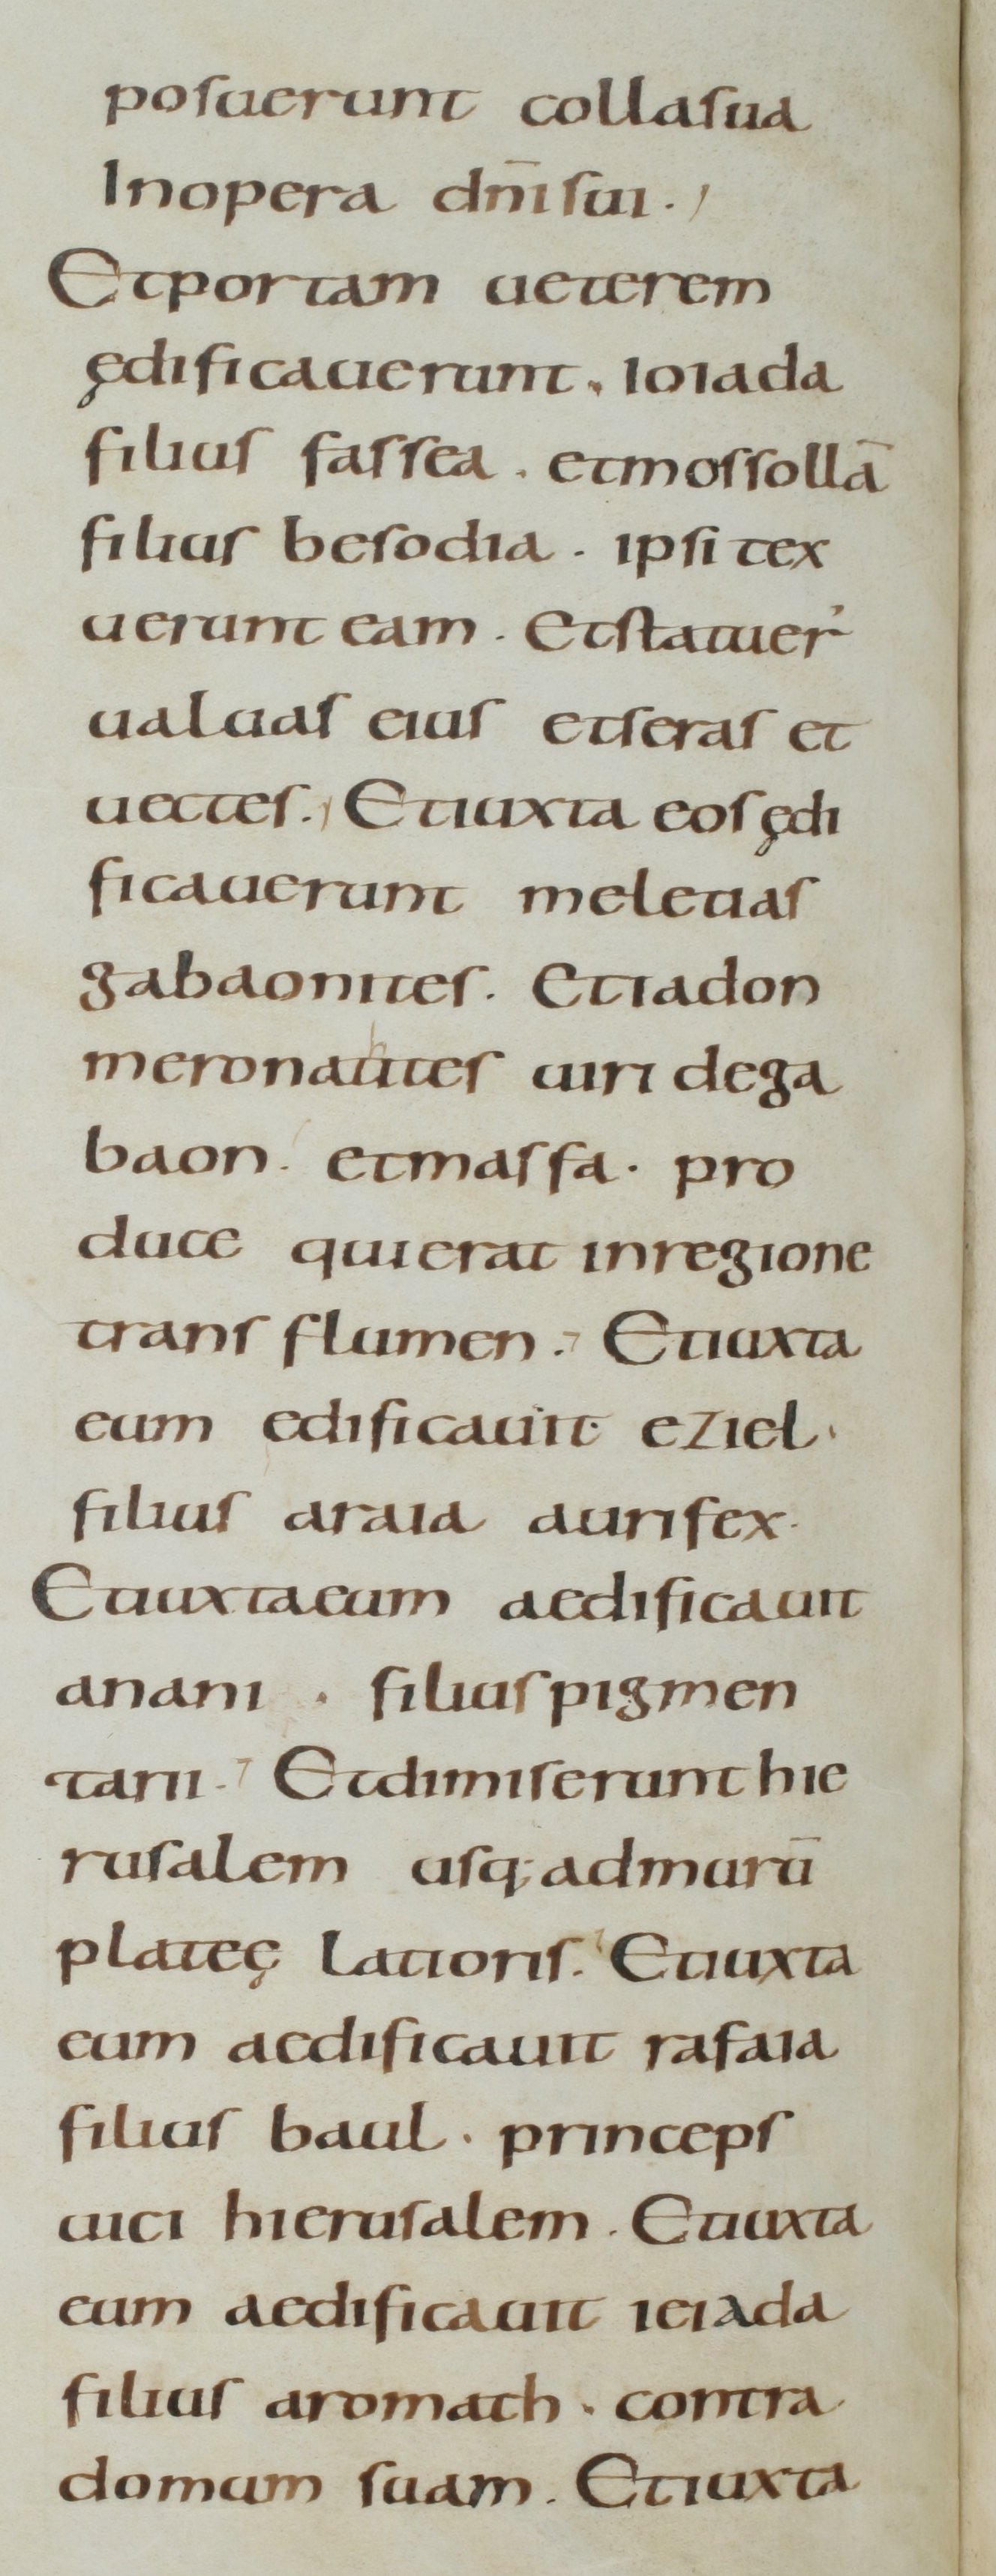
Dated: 800–899